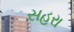
સહરા